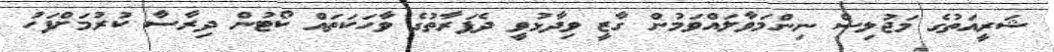
ޝަރީއަތުގެ މަޖުލިސް ނިންމަވާލައްވަމުން ގާޒީ ވިދާޅުވީ ދެފަރާތުގެ ވާހަކަތައް ކޯޓުން ދިރާސާ ކުރުމަށްފަހު